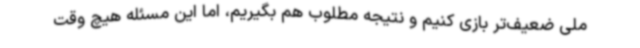
ملی ضعیف‌تر بازی کنیم و نتیجه مطلوب هم بگیریم، اما این مسئله هیچ وقت